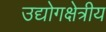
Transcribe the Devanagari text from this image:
उद्योगक्षेत्रीय